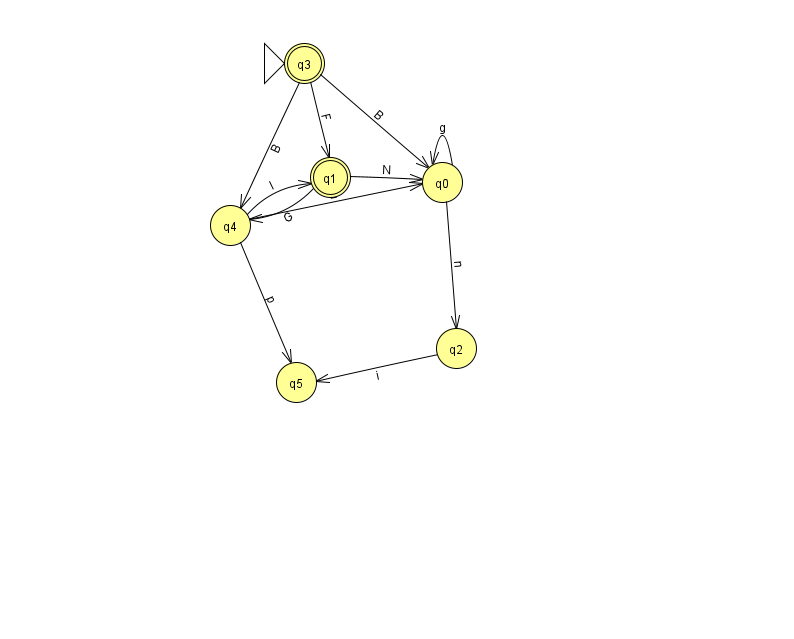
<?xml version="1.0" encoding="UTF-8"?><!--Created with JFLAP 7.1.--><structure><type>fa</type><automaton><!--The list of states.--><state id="0" name="q0"><x>442.0</x><y>169.0</y></state><state id="1" name="q1"><x>330.0</x><y>164.0</y><final/></state><state id="2" name="q2"><x>456.0</x><y>335.0</y></state><state id="3" name="q3"><x>304.0</x><y>50.0</y><initial/><final/></state><state id="4" name="q4"><x>230.0</x><y>212.0</y></state><state id="5" name="q5"><x>296.0</x><y>369.0</y></state><!--The list of transitions.--><transition><from>0</from><to>2</to><read>n</read></transition><transition><from>4</from><to>5</to><read>p</read></transition><transition><from>4</from><to>1</to><read>I</read></transition><transition><from>1</from><to>0</to><read>N</read></transition><transition><from>4</from><to>0</to><read>E</read></transition><transition><from>2</from><to>5</to><read>i</read></transition><transition><from>3</from><to>4</to><read>B</read></transition><transition><from>0</from><to>0</to><read>g</read></transition><transition><from>3</from><to>0</to><read>B</read></transition><transition><from>3</from><to>1</to><read>F</read></transition><transition><from>1</from><to>4</to><read>G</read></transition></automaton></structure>